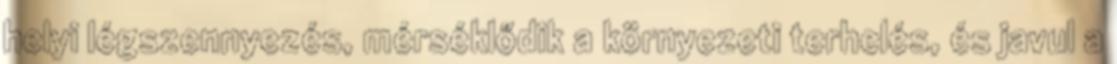
helyi légszennyezés, mérséklődik a környezeti terhelés, és javul a